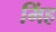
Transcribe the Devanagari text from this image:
मिंह